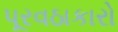
પૂરવઠાકારો